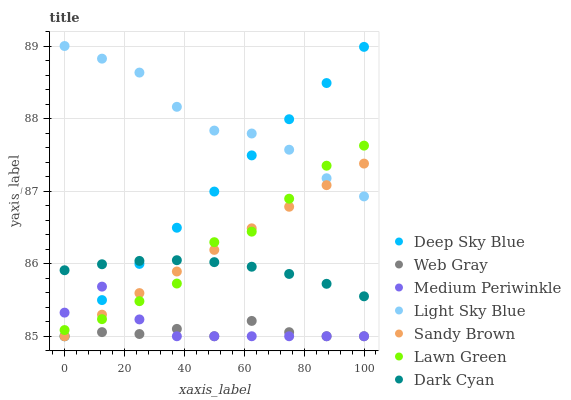
| xaxis_label | Deep Sky Blue | Web Gray | Medium Periwinkle | Light Sky Blue | Sandy Brown | Lawn Green | Dark Cyan |
 | --- | --- | --- | --- | --- | --- | --- | --- |
 | 0 | 85 | 85 | 85.3 | 89 | 85 | 85.1 | 85.9 |
 | 12.5 | 85.5 | 85.1 | 85.7 | 88.8 | 85.3 | 85.2 | 86 |
 | 25 | 86 | 85 | 85.2 | 88.6 | 85.6 | 85.5 | 86 |
 | 37.5 | 86.5 | 85.1 | 85 | 88.2 | 85.9 | 85.7 | 86 |
 | 50 | 87 | 85 | 85 | 87.8 | 86.2 | 86.3 | 86 |
 | 62.5 | 87.5 | 85.2 | 85 | 87.8 | 86.5 | 86.4 | 86 |
 | 75 | 88 | 85.1 | 85 | 87.6 | 86.8 | 86.9 | 85.9 |
 | 87.5 | 88.5 | 85 | 85 | 87.2 | 87.1 | 87.4 | 85.7 |
 | 100 | 89 | 85 | 85 | 86.9 | 87.4 | 87.6 | 85.6 |